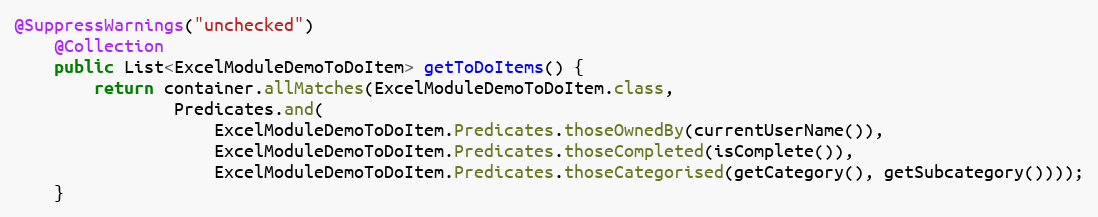
Language: Java
@SuppressWarnings("unchecked")
    @Collection
    public List<ExcelModuleDemoToDoItem> getToDoItems() {
        return container.allMatches(ExcelModuleDemoToDoItem.class,
                Predicates.and(
                    ExcelModuleDemoToDoItem.Predicates.thoseOwnedBy(currentUserName()),
                    ExcelModuleDemoToDoItem.Predicates.thoseCompleted(isComplete()),
                    ExcelModuleDemoToDoItem.Predicates.thoseCategorised(getCategory(), getSubcategory())));
    }